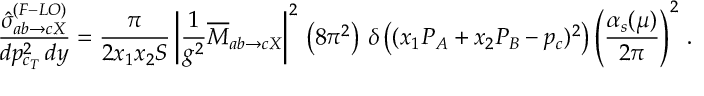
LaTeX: \frac { \hat { \sigma } _ { a b \rightarrow c X } ^ { ( F - L O ) } } { d p _ { c _ { T } } ^ { 2 } \, d y } = \frac { \pi } { 2 x _ { 1 } x _ { 2 } S } \left| \frac { 1 } { g ^ { 2 } } \overline { { { M } } } _ { a b \rightarrow c X } \right| ^ { 2 } \, \left( 8 \pi ^ { 2 } \right) \, \delta \left( ( x _ { 1 } P _ { A } + x _ { 2 } P _ { B } - p _ { c } ) ^ { 2 } \right) \left( \frac { \alpha _ { s } ( \mu ) } { 2 \pi } \right) ^ { 2 } \, .